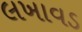
લખાવડ